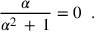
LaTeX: \frac { \alpha } { \alpha ^ { 2 } \, + \, 1 } = 0 \; \; .